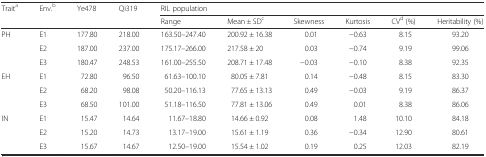
<table><thead><tr><td rowspan="2"><b>Trait<sup>a</sup></b></td><td rowspan="2"><b>Env.<sup>b</sup></b></td><td rowspan="2"><b>Ye478</b></td><td rowspan="2"><b>Qi319</b></td><td colspan="6"><b>RIL population</b></td></tr><tr><td><b>Range</b></td><td><b>Mean ± SD<sup>c</sup></b></td><td><b>Skewness</b></td><td><b>Kurtosis</b></td><td><b>CV<sup>d</sup> (%)</b></td><td><b>Heritability (%)</b></td></tr></thead><tbody><tr><td rowspan="3">PH</td><td>E1</td><td>177.80</td><td>218.00</td><td>163.50–247.40</td><td>200.92 ± 16.38</td><td>0.01</td><td>−0.63</td><td>8.15</td><td>93.20</td></tr><tr><td>E2</td><td>187.00</td><td>237.00</td><td>175.17–266.00</td><td>217.58 ± 20</td><td>0.03</td><td>−0.74</td><td>9.19</td><td>99.06</td></tr><tr><td>E3</td><td>180.47</td><td>248.53</td><td>161.00–255.50</td><td>208.71 ± 17.48</td><td>−0.03</td><td>−0.10</td><td>8.38</td><td>92.35</td></tr><tr><td rowspan="3">EH</td><td>E1</td><td>72.80</td><td>96.50</td><td>61.63–100.10</td><td>80.05 ± 7.81</td><td>0.14</td><td>−0.48</td><td>8.15</td><td>83.30</td></tr><tr><td>E2</td><td>68.20</td><td>98.08</td><td>50.20–116.13</td><td>77.65 ± 13.13</td><td>0.49</td><td>−0.03</td><td>9.19</td><td>86.37</td></tr><tr><td>E3</td><td>68.50</td><td>101.00</td><td>51.18–116.50</td><td>77.81 ± 13.06</td><td>0.49</td><td>0.01</td><td>8.38</td><td>86.06</td></tr><tr><td rowspan="3">IN</td><td>E1</td><td>15.47</td><td>14.64</td><td>11.67–18.80</td><td>14.66 ± 0.92</td><td>0.08</td><td>1.48</td><td>10.10</td><td>84.18</td></tr><tr><td>E2</td><td>15.20</td><td>14.73</td><td>13.17–19.00</td><td>15.61 ± 1.19</td><td>0.36</td><td>−0.34</td><td>12.90</td><td>80.61</td></tr><tr><td>E3</td><td>15.67</td><td>14.67</td><td>12.50–19.00</td><td>15.54 ± 1.02</td><td>0.19</td><td>0.25</td><td>12.03</td><td>82.19</td></tr></tbody></table>